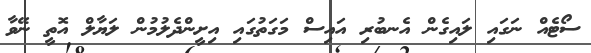
ސޯޓެއް ނަގައި ލައިގެން އެނބުރި އައިސް މަގަތުގައި އިށީންދެލުމުން ލަޔާލް އޮތީ ނޭވާ